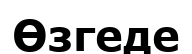
Өзгеде